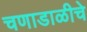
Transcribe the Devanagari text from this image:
चणाडाळीचे